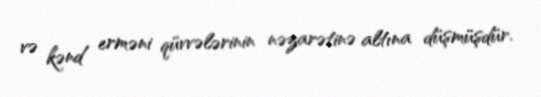
və kənd erməni qüvvələrinin nəzarətinə altına düşmüşdür.